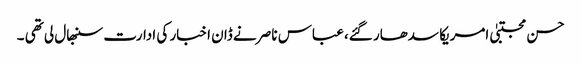
حسن مجتبیٰ امریکا سدھار گئے، عباس ناصر نے ڈان اخبار کی ادارت سنبھال لی تھی ۔